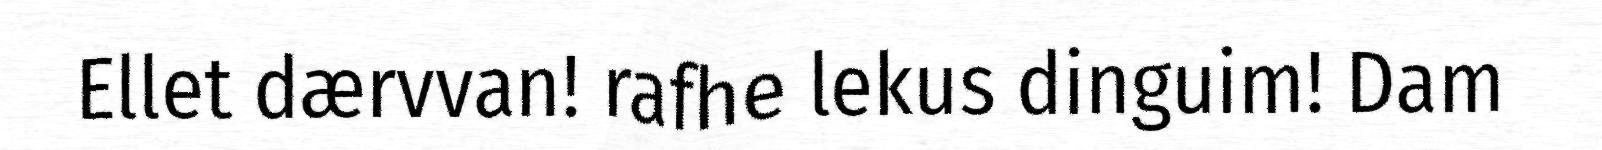
Ellet dærvvan! rafhe lekus dinguim! Dam